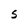
Character: s